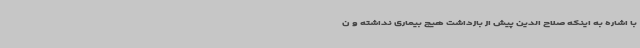
با اشاره به اینکه صلاح الدین پیش از بازداشت هیچ بیماری نداشته و ن